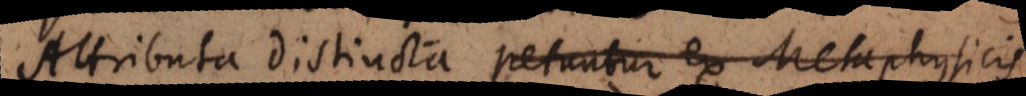
Attributa distincta petuntur ex Metaphysicis